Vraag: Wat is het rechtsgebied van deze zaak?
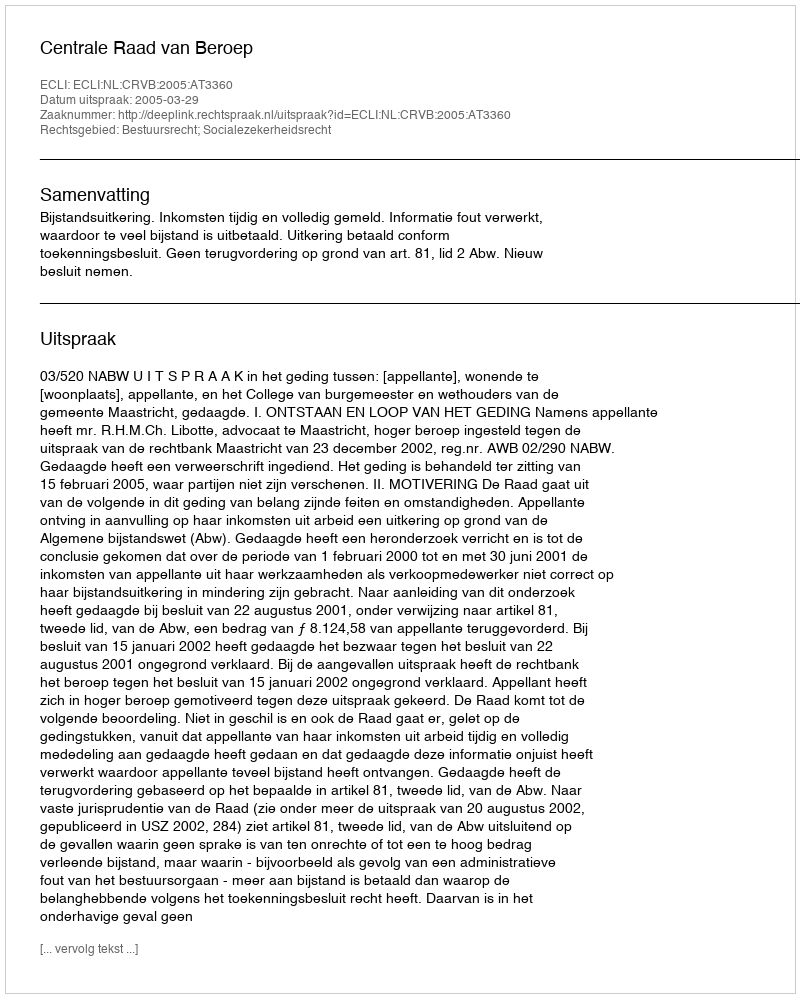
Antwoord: Bestuursrecht; Socialezekerheidsrecht